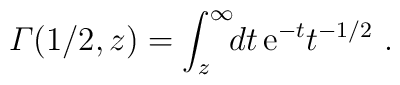
{\mit\Gamma}(1/2,z)=\int_{z}^{\infty}\!\!dt\,{\mathrm e}^{-t}t^{-1/2}\ .